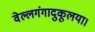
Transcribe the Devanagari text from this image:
वेल्लगंगादुकूलया।